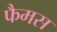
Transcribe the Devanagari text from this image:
फैमस